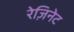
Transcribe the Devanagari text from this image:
रेज़िनेट